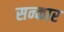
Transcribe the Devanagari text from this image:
सन्कार